Distribution and causation of leprosy in British India
Year: 1875
Disease focus: Leprosy
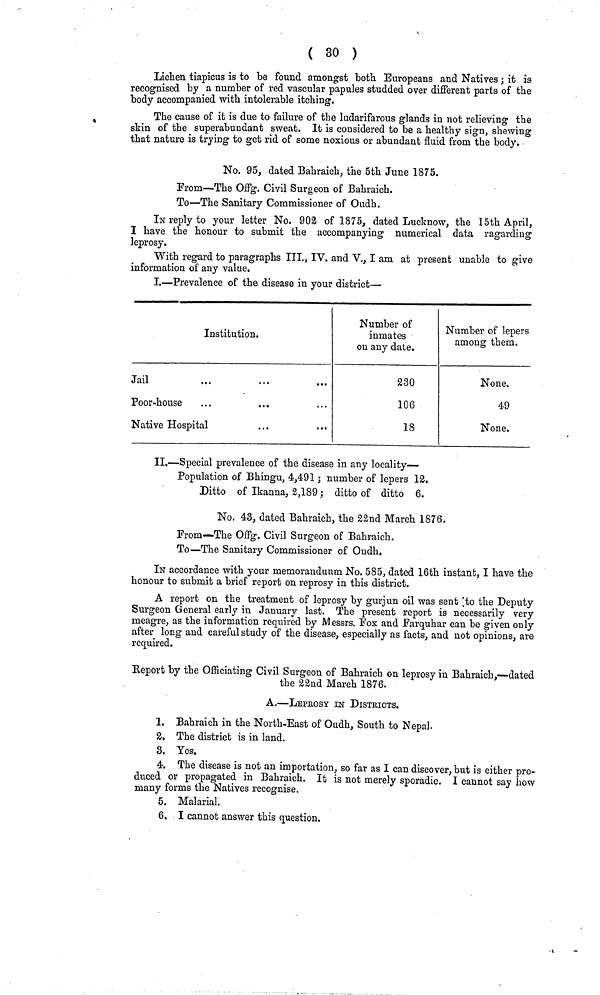
( 30 )
Lichen tiapicus is to be found amongst both Europeans and Natives ; it is
recognised by a number of red vascular papules studded over different parts of the
body accompanied with intolerable itching.
The cause of it is due to failure of the ludarifarous glands in not relieving the
skin of the superabundant sweat. It is considered to be a healthy sign, shewing
that nature is trying to get rid of some noxious or abundant fluid from the body.
No. 95, dated Bahraich, the 5th June 1875.
From—The OfiPg. Civil Surgeon of Bahraich.
To—The Sanitary Commissioner of Oudh.
IN reply to your letter No. 902 of 1875, dated Lucknow, the 15th April,
I have the honour to submit the accompanying numerical data ragarding
leprosy.
With regard to paragraphs III., IV. and V., I am at present unable to give
information of any value.
I.—Prevalence of the disease in your district—
Institution.
Jail
Poor-house
Native Hospital
Number of
inmates
on any date.
230
106
18
Number of lepers
among them.
None.
49
None.
II.—Special prevalence of the disease in any locality—
Population of Bhingu, 4,491 ; number of lepers 12.
Ditto of Ikanna, 2,189 ; ditto of ditto 6.
No. 43, dated Bahraich, the 22nd March 1876.
From—The Offg. Civil Surgeon of Bahraich.
To—The Sanitary Commissioner of Oudh.
IN accordance with your memorandunm No. 585, dated 16th instant, I have the
honour to submit a brief report on reprosy in this district.
A report on the treatment of leprosy by gurjun oil was sent to the Deputy
Surgeon General early in January last. The present -report is necessarily very
meagre, as the information required by Messrs. Fox and Farquhar can be given only
after long and careful study of the disease, especially as facts, and not opinions, are
required.
Report by the Officiating Civil Surgeon of Bahraich on leprosy in Bahraich,—dated
the 22nd March 1876.
A.—LEPAROSY IN DISTRICTS.
1. Bahraich in the North-East of Oudh, South to Nepal.
2. The district is in land.
3. Yes.
4. The disease is not an importation, so far as I can discover, but is either pro-
duced or propagated in Bahraich. It is not merely sporadic. I cannot say how
many forms the Natives recognise.
5. Malarial.
6. I cannot answer this question.